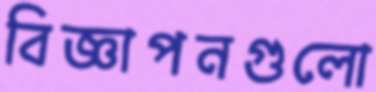
বিজ্ঞাপনগুলো